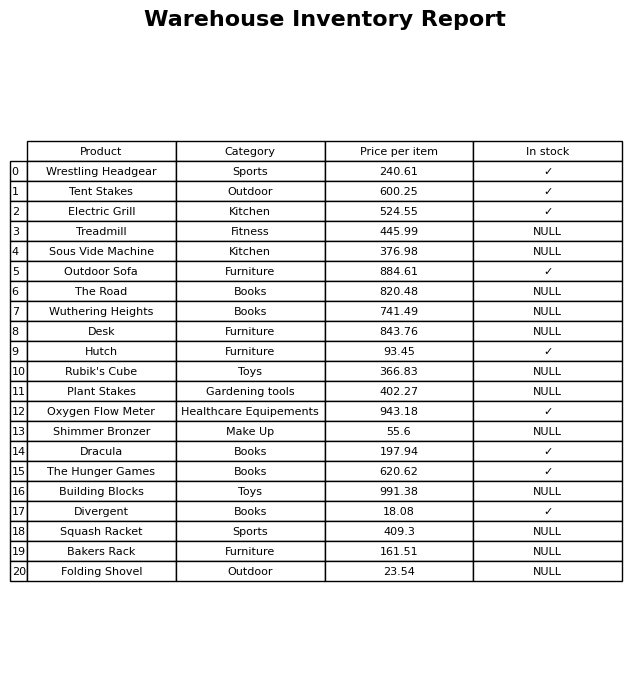
question: What is the price of the Outdoor Sofa?
answer: The price of Outdoor Sofa is 884.61.